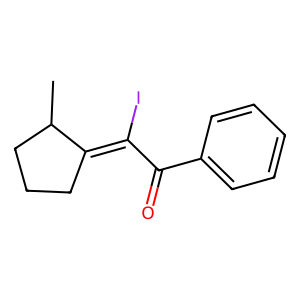
SMILES: CC1CCCC1=C(I)C(=O)c1ccccc1
Inhibits HIV replication: No